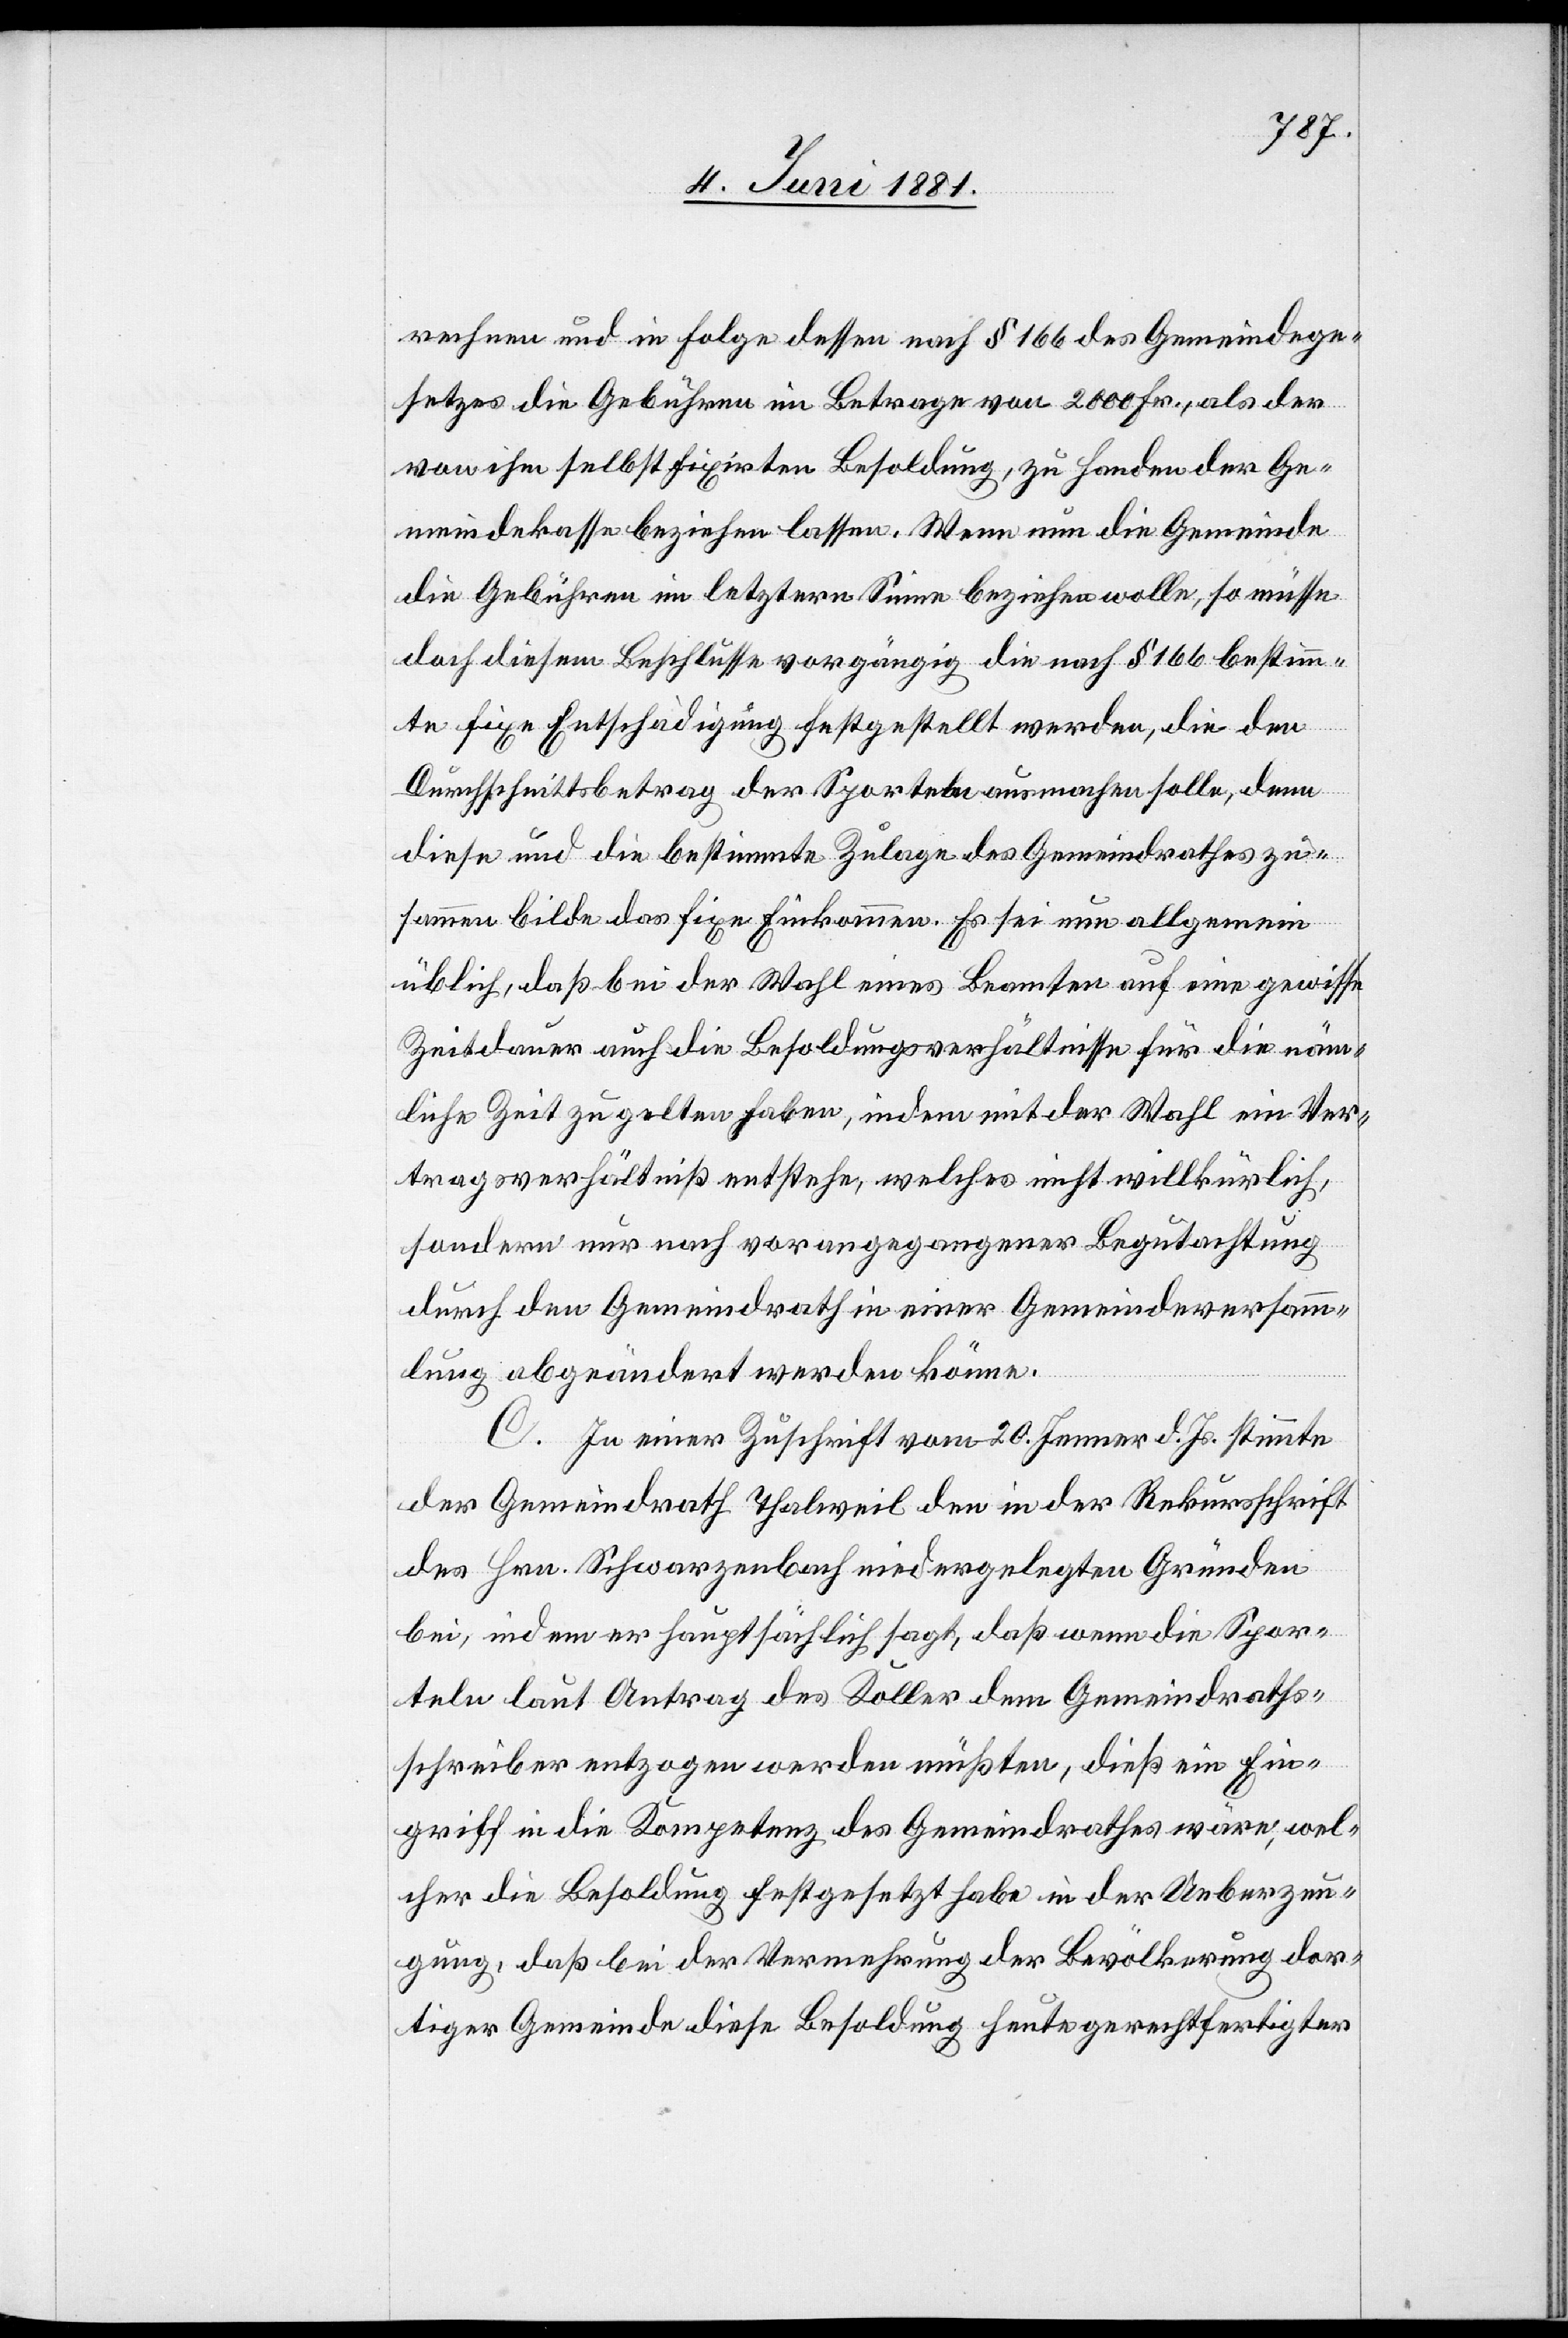
rechnen und in Folge dessen nach § 166 des Gemeindege¬
setzes die Gebühren im Betrage von 2000 Fr., als der
von ihm selbst fixirten Besoldung, zu Handen der Ge¬
meindekasse beziehen lassen. Wenn nun die Gemeinde
die Gebühren im letzern Sinne beziehen wolle, so müsse
doch diesem Beschlusse vorgängig die nach § 166 bestimm¬
te fixe Entschädigung festgestellt werden, die den
Durchschnittsbetrag der Sporteln ausmachen solle, denn
diese und die bestimmte Zulage des Gemeindrathes zu¬
sammen bilde das fixe Einkommen. Es sei nun allgemein
üblich, daß bei der Wahl eines Beamten auf eine gewisse
Zeitdauer auch die Besoldungsverhältnisse für die näm¬
liche Zeit zu gelten haben, in dem mit der Wahl ein Ver¬
tragsverhälthniß entstehe, welches nicht willkürlich,
sondern nur nach vorangegangener Begutachtung
durch den Gemeindrath in einer Gemeindeversamm¬
lung abgeändert werden könne.
C. In einer Zuschrift vom 20. Jenner d. Js. stimmte
der Gemeindrath Thalweil den in der Rekursschrift
des Hrn. Schwarzenbach niedergelegten Gründen
bei, indem er hauptsächlich sagt, daß wenn die Spor¬
teln laut Antrag des Koller dem Gemeindraths¬
schreiber entzogen werden müßten, dieß ein Ein¬
griff in die Kompetenz des Gemeindrathes wäre, wel¬
cher die Besoldung festgesetzt habe in der Ueberzeu¬
gung, daß bei der Vermehrung der Bevölkerung dor¬
tiger Gemeinde diese Besoldung heute gerechtfertigter